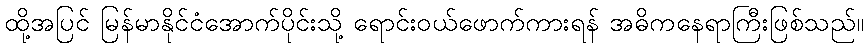
ထို့အပြင် မြန်မာနိုင်ငံအောက်ပိုင်းသို့ ရောင်းဝယ်ဖောက်ကားရန် အဓိကနေရာကြီးဖြစ်သည်။